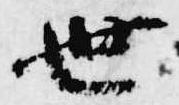
世